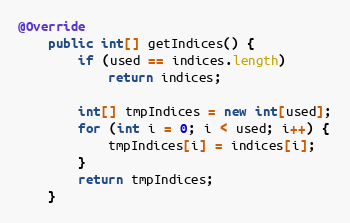
Language: Java
@Override
    public int[] getIndices() {
        if (used == indices.length)
            return indices;

        int[] tmpIndices = new int[used];
        for (int i = 0; i < used; i++) {
        	tmpIndices[i] = indices[i];
        }
        return tmpIndices;
    }